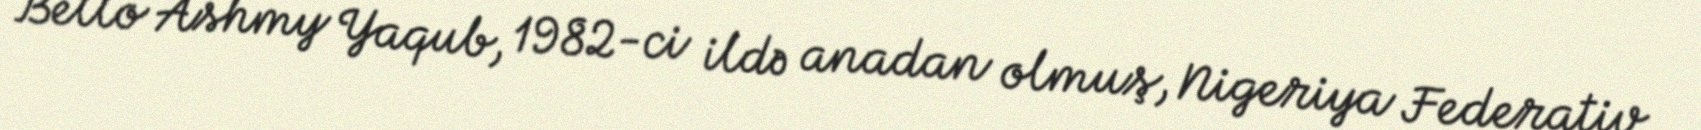
Bello Ashmy Yaqub, 1982-ci ildə anadan olmuş, Nigeriya Federativ